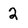
Character: 2